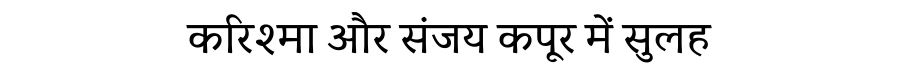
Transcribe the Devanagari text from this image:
करिश्मा और संजय कपूर में सुलह